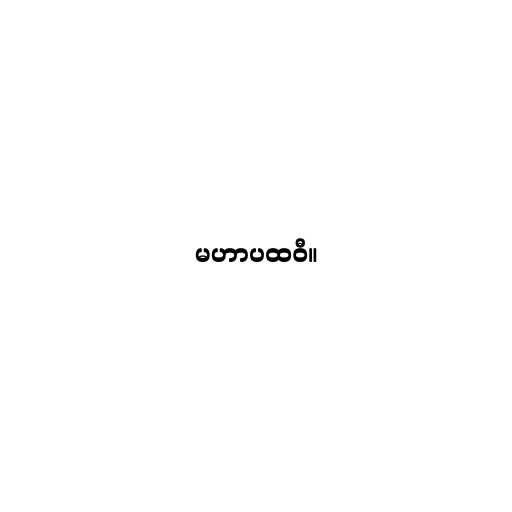
မဟာပထဝီ။